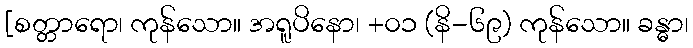
[စတ္တာရော၊ ကုန်သော။ အရူပိနော၊ +၀၁ (နိ-၆၉) ကုန်သော။ ခန္ဓာ၊